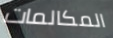
المكالمات